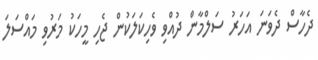
ދެހާސް ދެވަނަ އަހަރު ސަލްމާން ދުއްވި ވެހިކަލަކުން ޖެހި މީހަކު މަރުވި މައްސަލަ